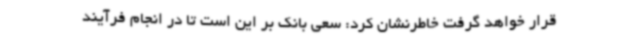
قرار خواهد گرفت خاطرنشان کرد: سعی بانک بر این است تا در انجام فرآیند